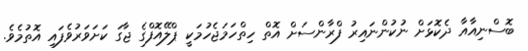
ބޮސްނިއާއާ ދެކޮޅަށް ނުކުންނައިރު ފްރާންސަށް އޮތް ހިތްހަމަޖެހުމަކީ ޕްލޭއޮފްގެ ޖާގަ ކަށަވަރުވެފައި އޮތުމެވެ.